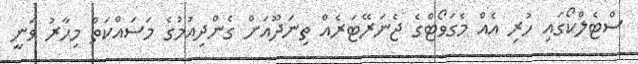
ސްޓެލްކޯގައި ހުރި އެއް މެގަވޯޓްގެ ޖެނަރޭޓަރެއް ތިނަދޫއަށް ގެންދިއުމުގެ މަސައްކަތް މިހާރު ވަނީ